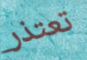
تعتذر